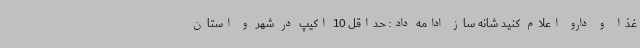
غذا و دارو اعلام کنید شانه ساز ادامه داد: حداقل 10 اکیپ در شهر و استان